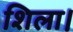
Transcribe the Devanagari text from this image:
शिला।